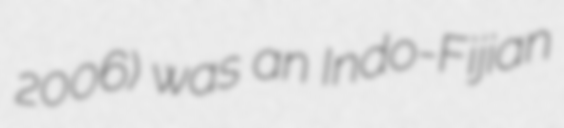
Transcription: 2006) was an Indo-Fijian